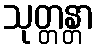
သုတ္တန္တာ